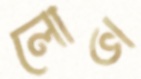
লোভ